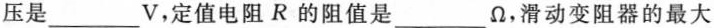
压是___V，定值电阻R的阻值是___Ω，滑动变阻器的最大